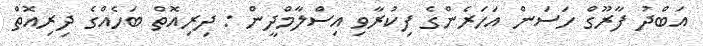
އަބްދު ފާރޫގް ހަސަން އަހަރެންގެ ފިކުރާވި އިސްލާމްދީން : ދިރިއޮތް ބަހެއްގެ ދިރިއޮތް